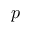
p